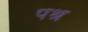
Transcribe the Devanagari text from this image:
पश्र